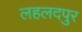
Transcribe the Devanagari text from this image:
लहलदपुर